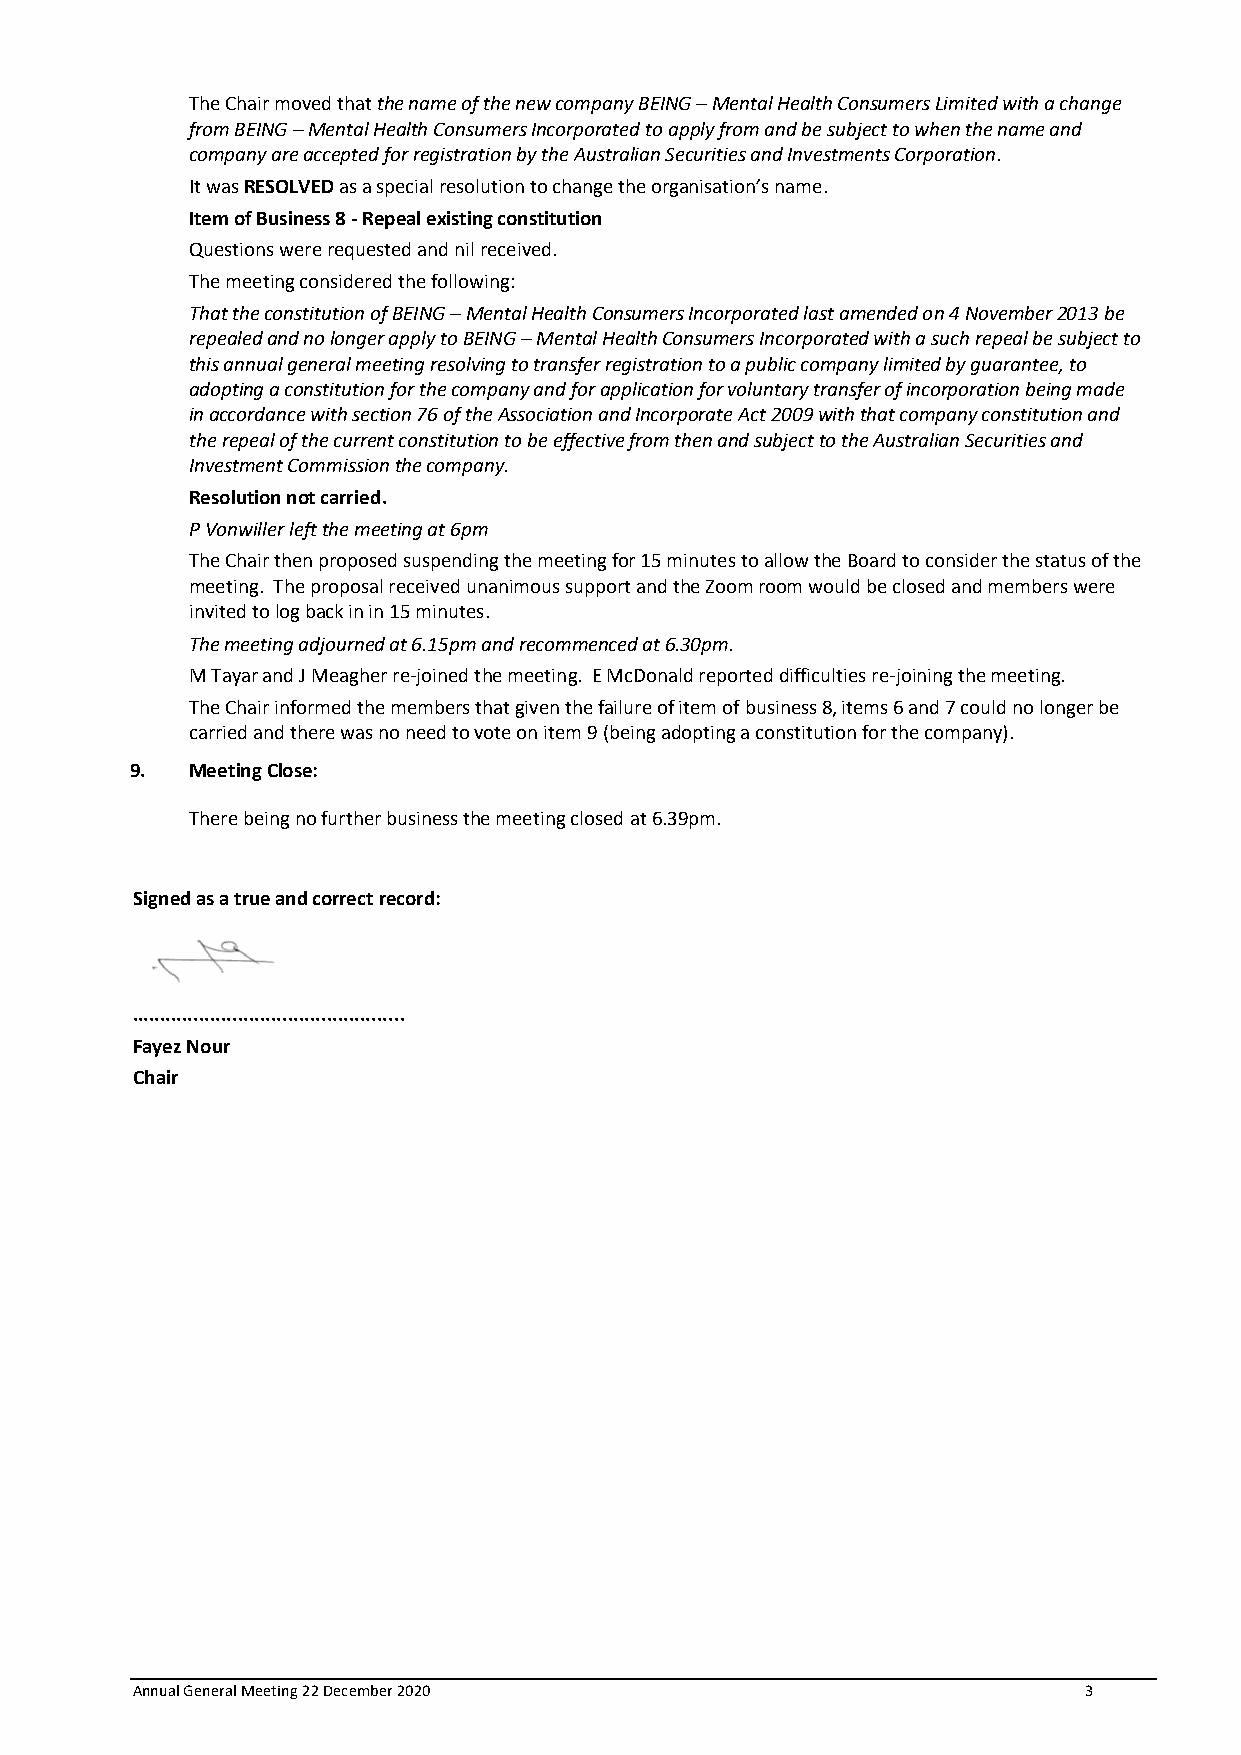
The Chair moved that the name of the new company BEING – Mental Health Consumers Limited with a change
 from BEING – Mental Health Consumers Incorporated to apply from and be subject to when the name and
 company are accepted for registration by the Australian Securities and Investments Corporation.
 It was RESOLVED as a special resolution to change the organisation’s name.
 Item of Business 8 - Repeal existing constitution
 Questions were requested and nil received.
 The meeting considered the following:
 That the constitution of BEING – Mental Health Consumers Incorporated last amended on 4 November 2013 be
 repealed and no longer apply to BEING – Mental Health Consumers Incorporated with a such repeal be subject to
 this annual general meeting resolving to transfer registration to a public company limited by guarantee, to
 adopting a constitution for the company and for application for voluntary transfer of incorporation being made
 in accordance with section 76 of the Association and Incorporate Act 2009 with that company constitution and
 the repeal of the current constitution to be effective from then and subject to the Australian Securities and
 Investment Commission the company.
 Resolution not carried.
 P Vonwiller left the meeting at 6pm
 The Chair then proposed suspending the meeting for 15 minutes to allow the Board to consider the status of the
 meeting. The proposal received unanimous support and the Zoom room would be closed and members were
 invited to log back in in 15 minutes.
 The meeting adjourned at 6.15pm and recommenced at 6.30pm.
 M Tayar and J Meagher re-joined the meeting. E McDonald reported difficulties re-joining the meeting.
 The Chair informed the members that given the failure of item of business 8, items 6 and 7 could no longer be
 carried and there was no need to vote on item 9 (being adopting a constitution for the company).
 9. Meeting Close:
 There being no further business the meeting closed at 6.39pm.
 Signed as a true and correct record:
 .................................................
 Fayez Nour
 Chair
 Annual General Meeting 22 December 2020                        3